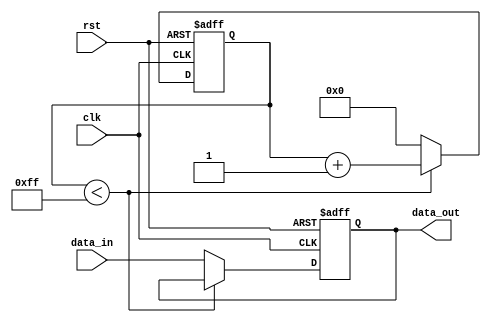
module latch_delay (
    input wire clk,
    input wire rst,
    input wire data_in,
    output reg data_out
);

reg [7:0] counter;

always @(posedge clk or posedge rst) begin
    if (rst) begin
        counter <= 8'b00000000; // Set initial counter value
        data_out <= 1'b0; // Set initial data_out value
    end else begin
        if (counter < 8'd255) begin
            counter <= counter + 1; // Increment counter
        end else begin
            counter <= 8'b00000000; // Reset counter
            data_out <= data_in; // Release data to next stage
        end
    end
end

endmodule